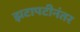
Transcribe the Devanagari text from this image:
झटापटीनंतर